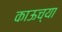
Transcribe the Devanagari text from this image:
काऊच्या